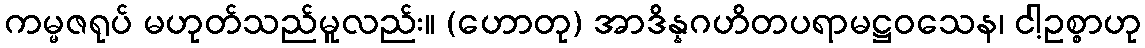
ကမ္မဇရုပ် မဟုတ်သည်မူလည်း။ (ဟောတု) အာဒိန္နဂဟိတပရာမဋ္ဌဝသေန၊ ငါ့ဥစ္စာဟု